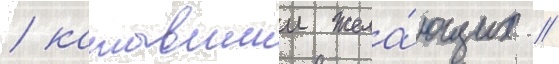
/ катавшии жела́ющих //